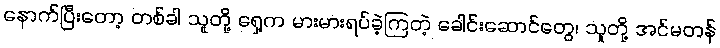
နောက်ပြီးတော့ တစ်ခါ သူတို့ ရှေ့က မားမားရပ်ခဲ့ကြတဲ့ ခေါင်းဆောင်တွေ၊ သူတို့ အင်မတန်